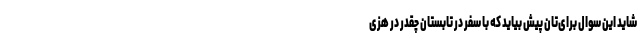
شاید این سوال برای‌تان پیش بیاید که با سفر در تابستان چقدر در هزی